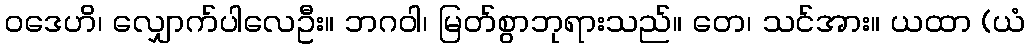
ဝဒေဟိ၊ လျှောက်ပါလေဦး။ ဘဂဝါ၊ မြတ်စွာဘုရားသည်။ တေ၊ သင်အား။ ယထာ (ယံ